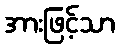
အားဖြင့်သာ